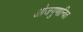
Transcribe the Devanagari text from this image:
ओजगुणान्वित